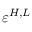
\varepsilon ^ { H , L }